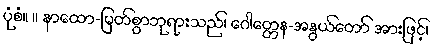
ပုံစံ။ ။ နာထော-မြတ်စွာဘုရားသည်၊ ဂေါတ္တေန-အနွယ်တော် အားဖြင့်၊